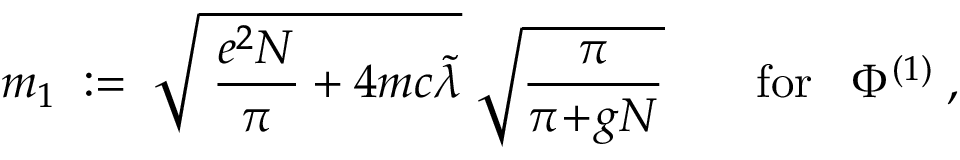
m _ { 1 } \; : = \; \sqrt { \; \frac { e ^ { 2 } N } { \pi } + 4 m c \tilde { \lambda } } \; \sqrt { \frac { \pi } { \pi \! + \! g N } } \; \; \; \; \; \; \; \mathrm { f o r } \; \; \; \Phi ^ { ( 1 ) } \; ,